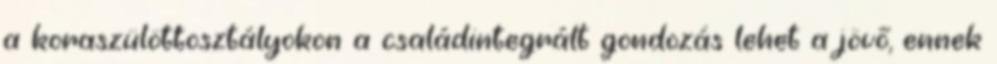
a koraszülöttosztályokon a családintegrált gondozás lehet a jövő, ennek